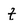
Character: t